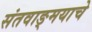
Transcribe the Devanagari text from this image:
संतवाङ्‌मयाचे